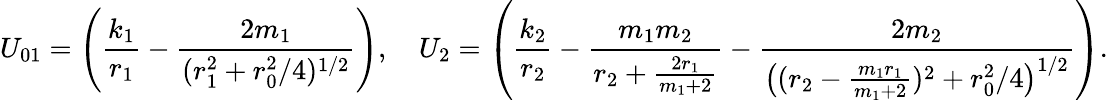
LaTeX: U_{01}=\left(\frac{k_{1}}{r_{1}}-\frac{2m_{1}}{(r_{1}^{2}+r_{0}^{2}/4)^{1/2}}\right),\quad U_{2}=\left(\frac{k_{2}}{r_{2}}-\frac{m_{1}m_{2}}{r_{2}+\frac{2r_{1}}{m_{1}+2}}-\frac{2m_{2}}{\big((r_{2}-\frac{m_{1}r_{1}}{m_{1}+2})^{2}+r_{0}^{2}/4\big)^{1/2}}\right).